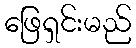
ဖြေရှင်းမည်